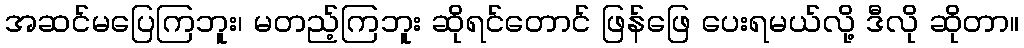
အဆင်မပြေကြဘူး၊ မတည့်ကြဘူး ဆိုရင်တောင် ဖြန်ဖြေ ပေးရမယ်လို့ ဒီလို ဆိုတာ။